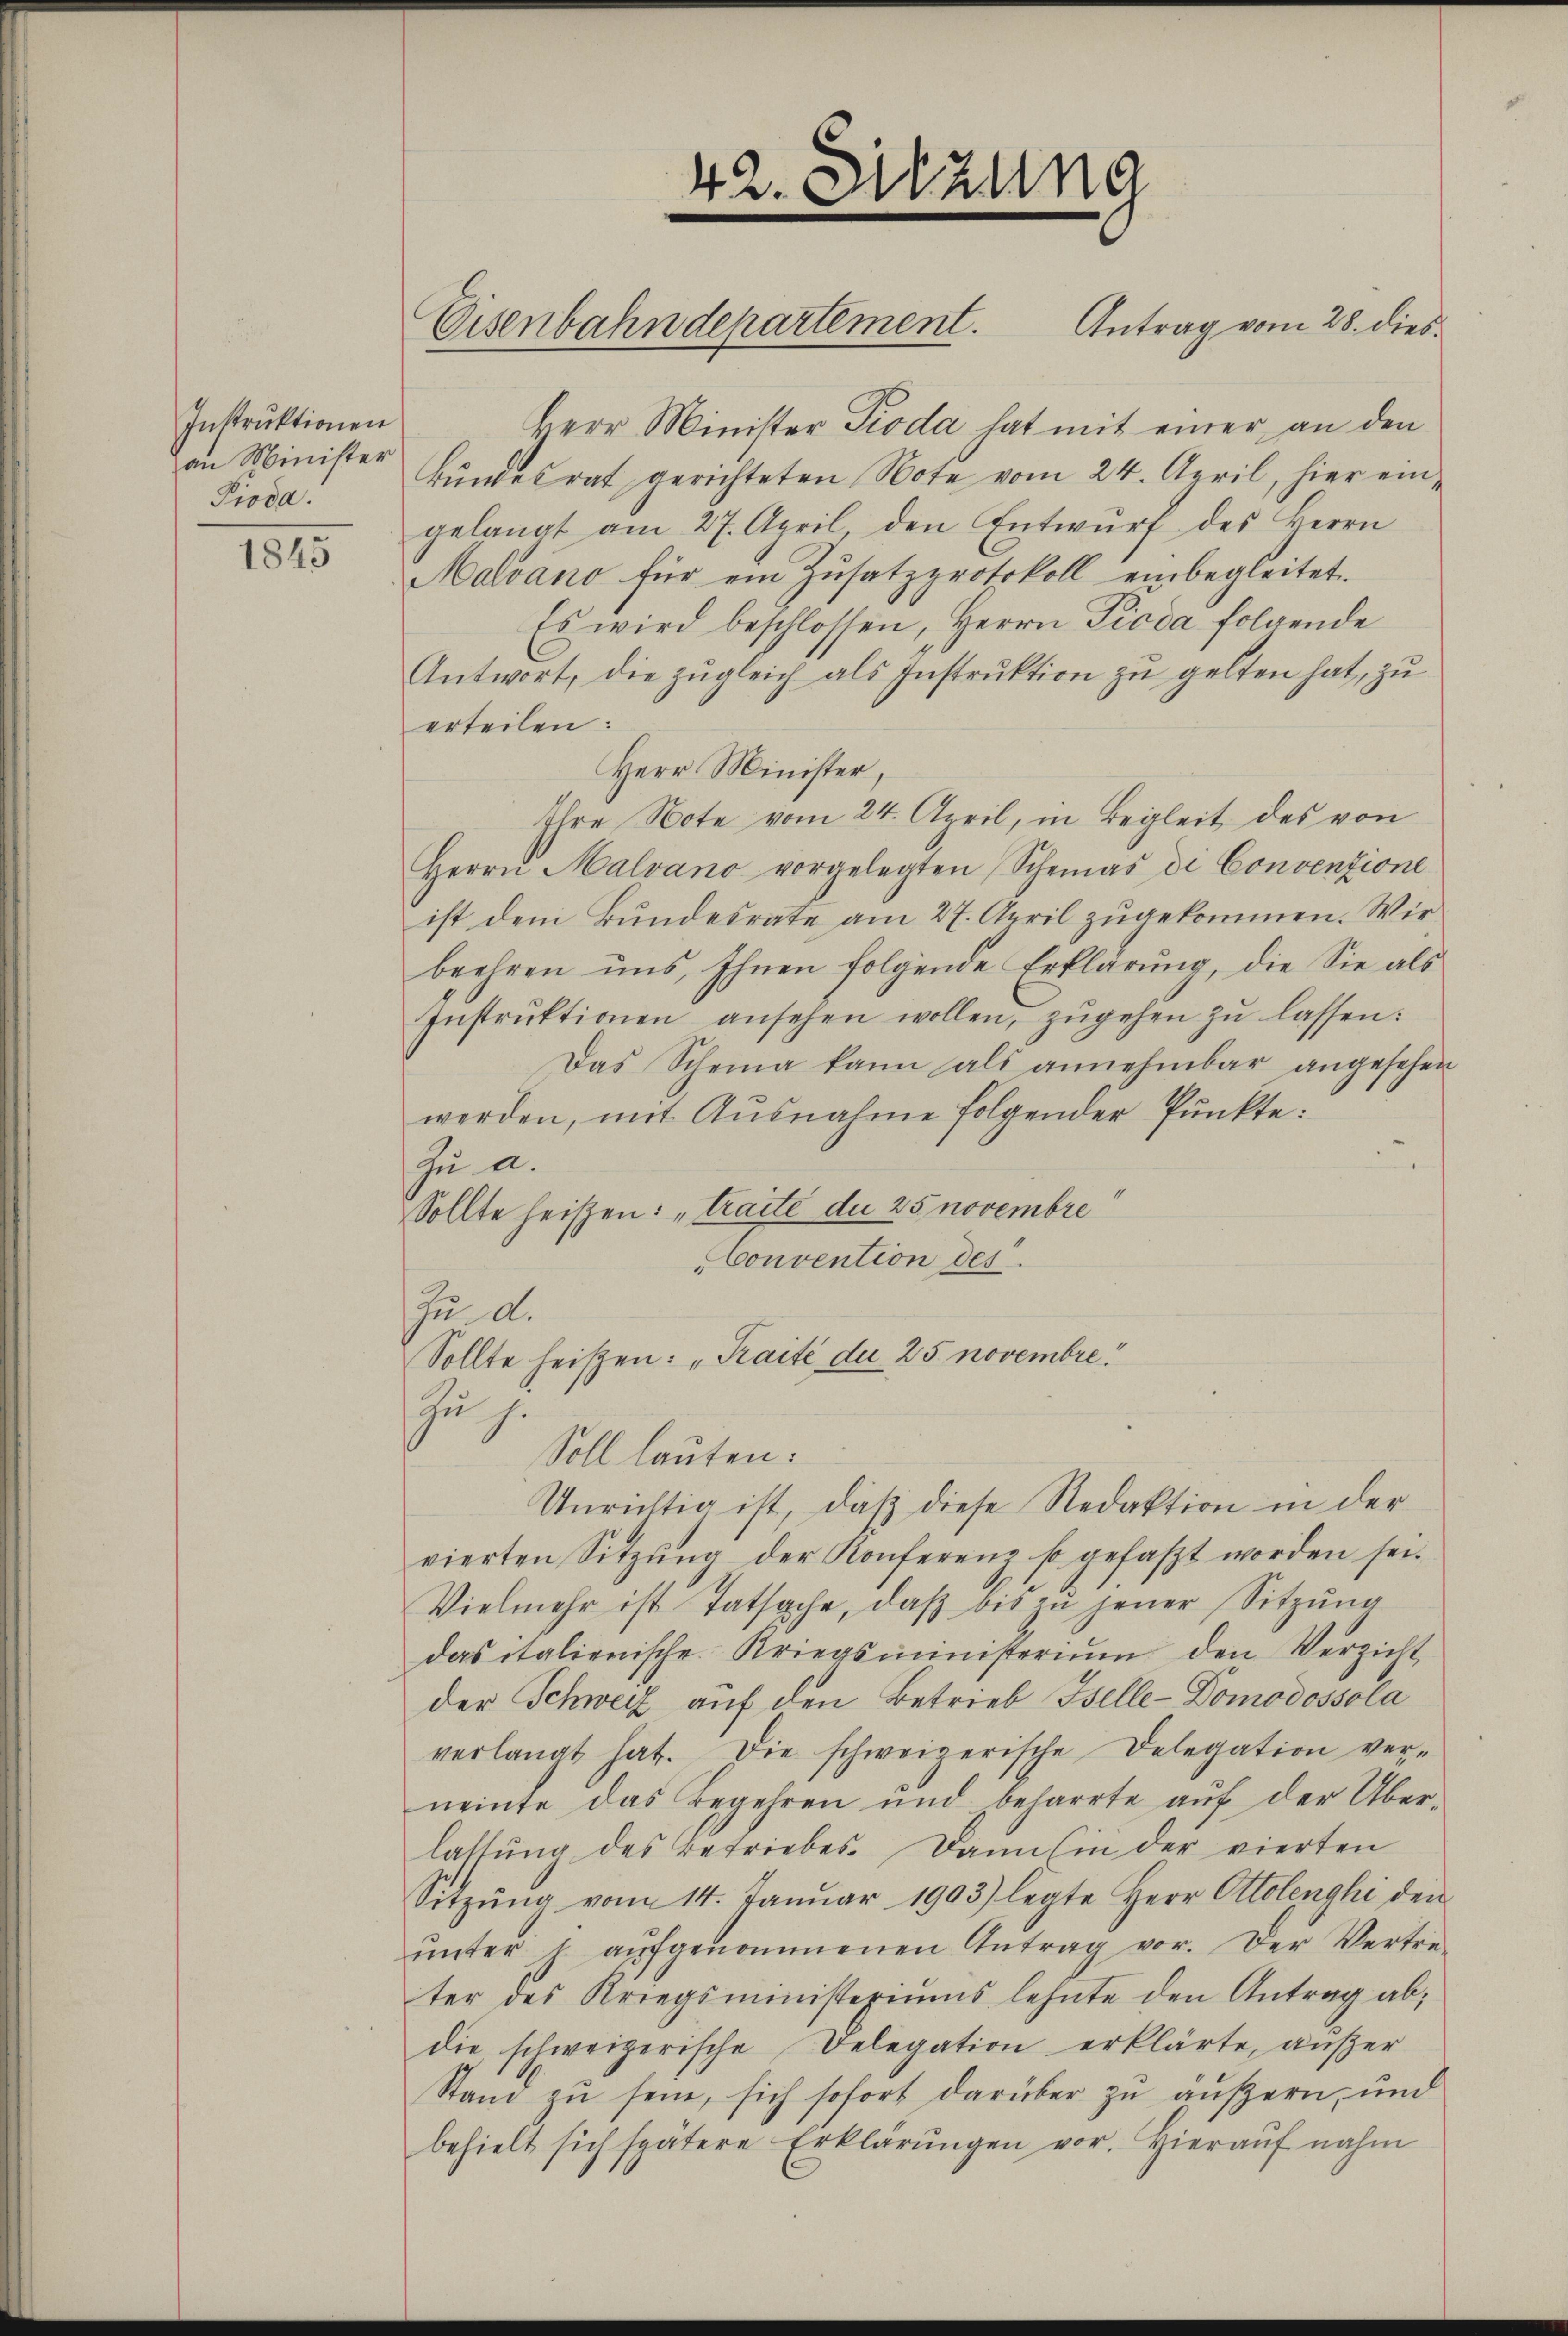
Instruktionen
an Minister
Pioda.

1845

Herr Minister Pioda hat mit einer an den
Bundesrat gerichteten Note vom 24. April, hier eingelangt am 27. April, den Entwurf des Herrn
Malvano für ein Zusatzprotokoll einbegleitet.
Es wird beschlossen, Herrn Pioda folgende
Antwort, die zugleich als Instruktion zu gelten hat, zu
erteilen:
Herr Minister,
Ihre Note vom 24. April, in Begleit des von
Herrn Malvano vorgelegten Schemas di Convenzione
ist dem Bundesrate am 27. April zugekommen. Wir
beehren uns, Ihnen folgende Erklärung, die Sie als
Instrŭktionen ansehen wollen, zŭgehen zŭ lassen:
Das Scheina kann als annehmbar angesehen
werden, mit Ausnahme folgender Punkte:
Zu a.
Sollte heißen: "traite du 25 novembre
Convention des
Zu A.
Sollte heißen: „Kraité der 25 novembre
Zu s.
Soll lauten:
Unrichtig ist, daß diese Redaktion in der
vierten Sitzŭng der Konferenz so gefaßt worden sei.
Vielmehr ist Tatsache, daβ bis zu jener Sitzung
das italienische Kriegsmünsterium den Verzicht
der Schweiz auf den Betrieb Iselle-Domodossola
verlangt hat. Die schweizerische Delegation ver-
neinte das Begehren und beharrte aŭf der Über-
lassŭng des Betriebes. Dann in der vierten
Sitzŭng vom 14. Janŭar 1903) legte Herr Ottolenghi den
ŭnter h. aŭfgenommenen Antrag vor. Der Vertre-
ter des Kriegsministeriums lehnte den Antrag ab,
die, schweizerische Delegation erklärte, außer
Stand zu sein, sich sofort darüber zu äußern, und
behielt sich spätere Erklärŭngen vor. Hieraŭf nahm

Eisenbahndepartement. Antrag vom 28. dies

42. Sitzung